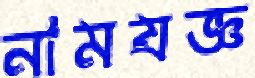
নামযজ্ঞ